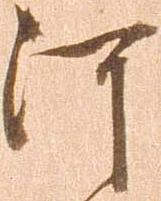
河